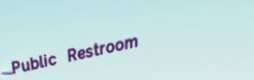
Public Restroom